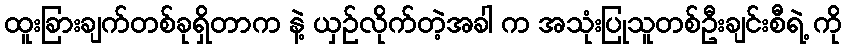
ထူးခြားချက်တစ်ခုရှိတာက နဲ့ ယှဉ်လိုက်တဲ့အခါ က အသုံးပြုသူတစ်ဦးချင်းစီရဲ့ ကို